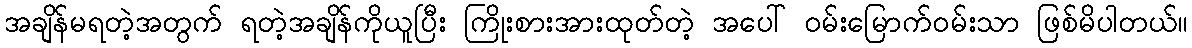
အချိန်မရတဲ့အတွက် ရတဲ့အချိန်ကိုယူပြီး ကြိုးစားအားထုတ်တဲ့ အပေါ် ဝမ်းမြောက်ဝမ်းသာ ဖြစ်မိပါတယ်။